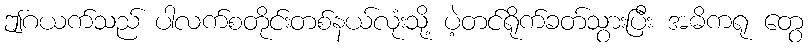
ဤဂယက်သည် ပါလက်စတိုင်းတစ်နယ်လုံးသို့ ပဲ့တင်ရိုက်ခတ်သွားပြီး အဓိကရု တွေ